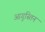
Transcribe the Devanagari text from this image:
आगुस्तिन